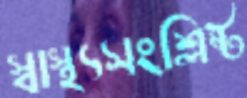
স্বাস্থ্যসংশ্লিষ্ট